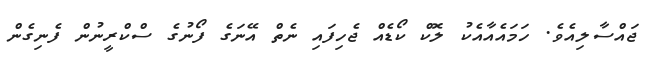
ޖައްސާލިއެވެ. ހަމައެއާއެކު ލޮކް ކޯޑެއް ޖެހިފައި ނެތް އޭނަގެ ފޯނުގެ ސްކްރީނުން ފެނިގެން